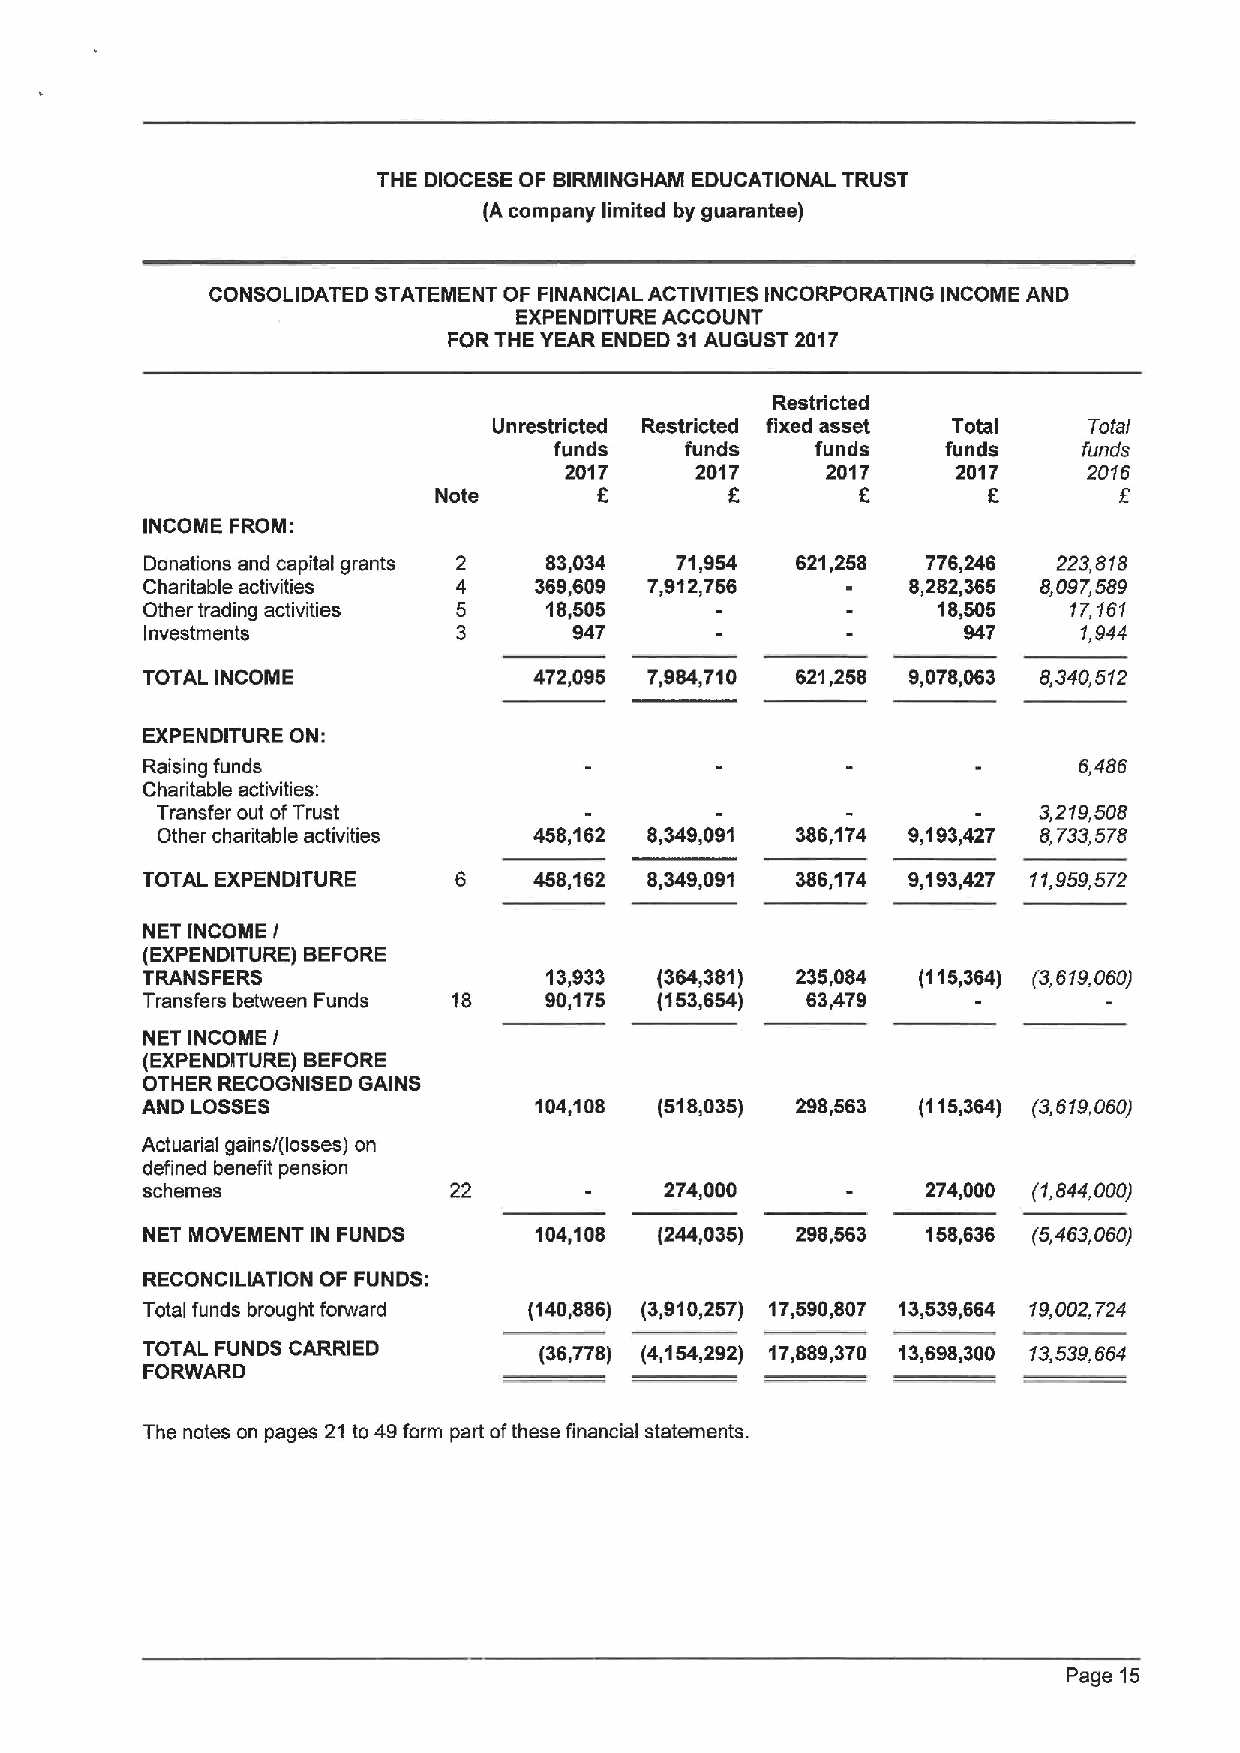
THE DIOCESE OF BIRMINGHANI EDUCATIONAL TRUST
 (A company limited by guarantee)
 CONSOLIDATED STATEMENT OF FINANCIAL ACTIVITIES INCORPORATING INCOME AND
 EXPENDITURE ACCOUNT
 FORTHE YEAR ENDED 31AUGUST 2017
 Restricted
 Unrestricted Restricted fixed asset Total Total
 funds   funds    funds    funds    funds
 2017     2017     2017    2017     2016
 f
 Note               6                6
 INCOIIIIE FROM:
 Donations and capital grants 2 83,034 71,954 621,258 776,246 223,818
 Charitable activities 4   369,609 7,912,756        8,282,365 8,097,589
 Other trading activities 5 18,505                    18,505   17,161
 Investments         3       947                       947     1,944
 TOTAL INCOME              472,095 7,984,710 621,258 9,078,063 8,340,512
 EXPENDITURE ON:
 Raising funds                                                 6,486
 Charitable activities:
 Transfer out ofTrust                                       3,2'/9, 508
 Other charitable activities 458,162 8,349,091 386,174 9,193,427 8,733,578
 TOTAL EXPENDITURE    6    458,162 8,349,091 386,174 9,193,427 11,959,572
 NET INCOME /
 (EXPENDITURE) BEFORE
 TRANSFERS                  13,933 (364,381) 235,084 (115,364) (3,619,060)
 Transfers between Funds 18 90,175 (153,654) 63,479
 NET INCOME /
 (EXPENDITURE) BEFORE
 OTHER RECOGNISED GAINS
 AND LOSSES                104,108  (518,035) 298,563 (115,364) (3,619,060)
 Actuarial gains/(losses) on
 defined benefit pension
 schemes              22            274,000          274,000 (1,844,000)
 NET MOVEMENT IN FUNDS     104,108  (244,035) 298,663 158,636 (5,463,060)
 RECONCILIATION OF FUNDS:
 Total funds brought forward (140,886) (3,910,257) 17,590,807 13,539,664 19,002,724
 TOTAL FUNDS CARRIED        (36,778) (4,154,292) 17,889,370 13,698,300 13,539,664
 FORWARD
 The notes on pages 21 to 49form part ofthese financial statements.
 Page 15